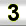
Digit: 3